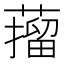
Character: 𦼾